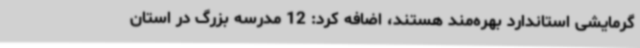
گرمایشی استاندارد بهره‌مند هستند، اضافه کرد: 12 مدرسه بزرگ در استان